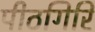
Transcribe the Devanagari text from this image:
पीठगिरि